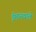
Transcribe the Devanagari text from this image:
ईमानवाले